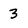
Character: 3